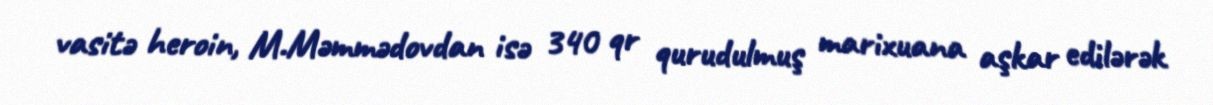
vasitə heroin, M.Məmmədovdan isə 340 qr qurudulmuş marixuana aşkar edilərək